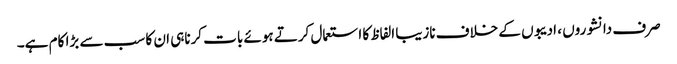
صرف دانشوروں ، ادیبوں کے خلاف نازیبا الفاظ کا استعمال کرتے ہوئے بات کرناہی ان کا سب سے بڑا کام ہے۔